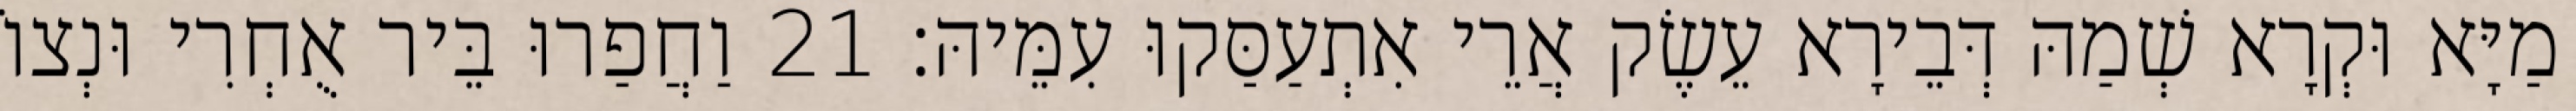
מַיָּא וּקְרָא שְׁמַהּ דְּבֵירָא עֵשֶׂק אֲרֵי אִתְעַסַּקוּ עִמֵּיהּ׃ 21 וַחֲפַרוּ בֵּיר אֻחְרִי וּנְצוֹ